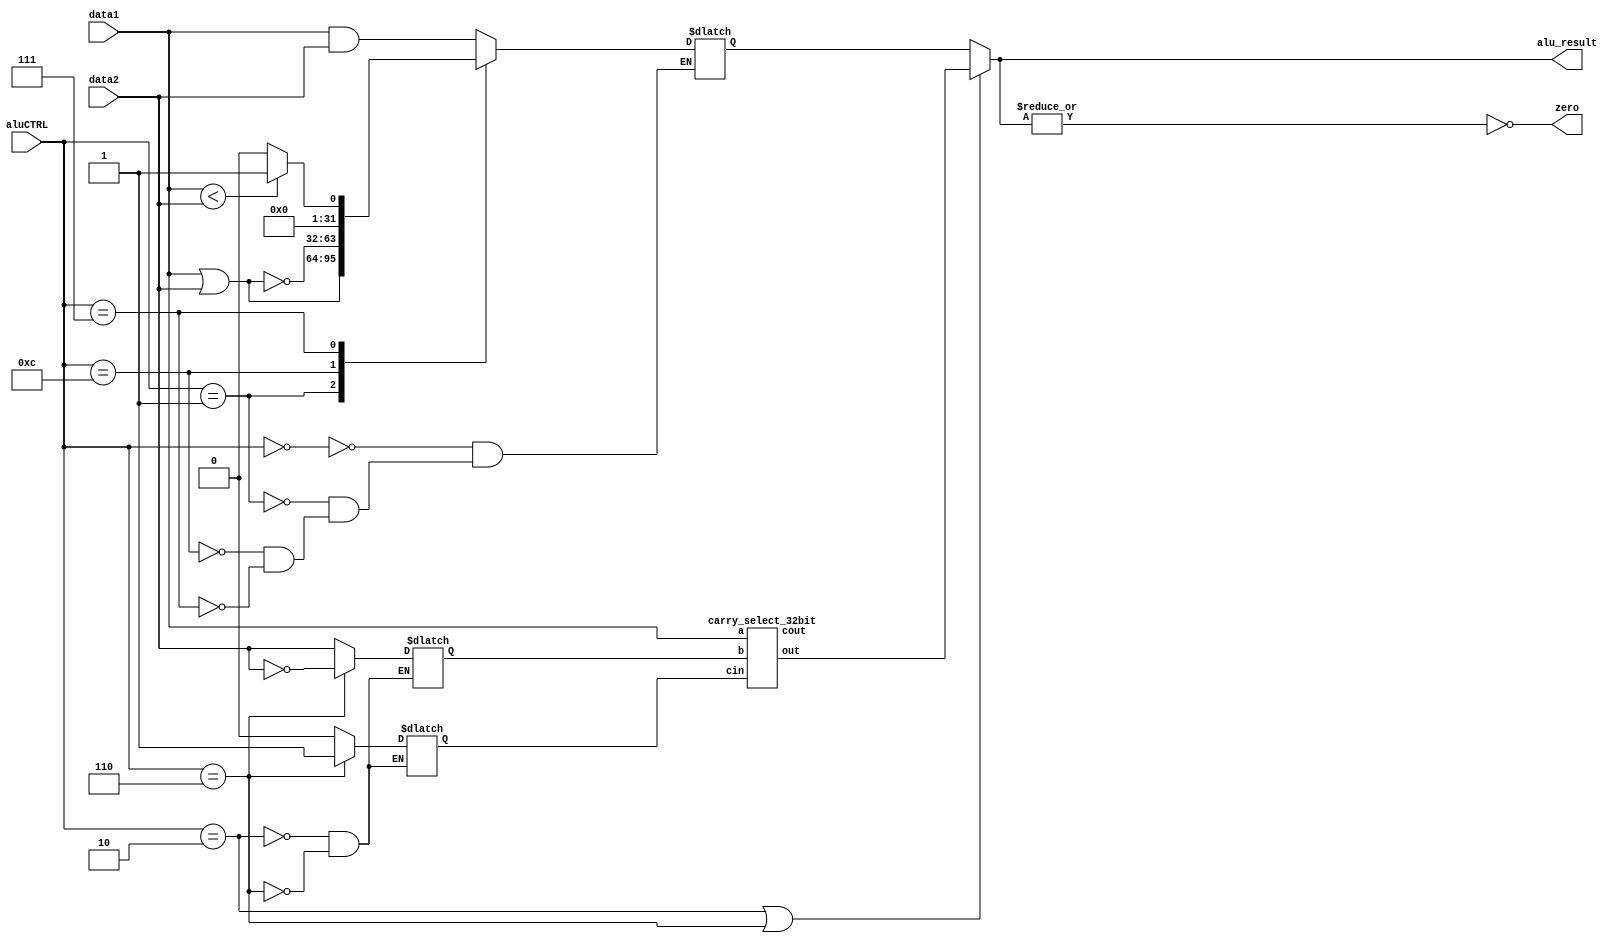
// Code your design here

module alu (alu_result, zero, data1, data2, aluCTRL);
  parameter word_size = 32;
  
  // output input declaration
  output zero;
  output reg [word_size-1:0] alu_result;
  
  input [word_size-1:0] data1, data2;
  input [3:0] aluCTRL;
  
  
  // temporary variables 
  reg [word_size-1:0] b;    // For intermediate variable containing ~data2 for subtraction 
  reg [word_size-1:0] out;  // variable to hold output
  wire [word_size-1:0] out_addsub;  // variable to hold out of carry select adder
  
  reg cin;
  wire cout;
  
  
  carry_select_32bit CSA (out_addsub, cout, data1, b, cin);
  
  assign zero = ~|alu_result;  // zero flag
  
  parameter ADD = 4'b0010;
  parameter SUB = 4'b0110;
  parameter AND = 4'b0000;
  parameter OR = 4'b0001;
  parameter SLT = 4'b0111;
  parameter NOR = 4'b1100;
	
  always @(aluCTRL or data1 or data2) begin
    
	case (aluCTRL)
      
      ADD: begin
        b = data2;
        cin = 1'b0;
      end
      

      SUB: begin
        b = ~data2;
        cin = 1'b1;
      end
      

      AND: out = data1 & data2;
      

      OR: out = data1 | data2;
      

      NOR: out = ~(data1 | data2);
      

      SLT: begin
        if(data1 < data2) out = 1'b1;
        else out = 1'b0;
      end

	endcase
  end
  
  always @(*) begin
    if (aluCTRL == ADD | aluCTRL == SUB) alu_result = out_addsub;
    else alu_result = out;
  end
  
endmodule



module carry_select_32bit (out, cout, a, b, cin);
  parameter word_size = 32;
  
  output [word_size-1:0] out;
  output cout;
  
  input [word_size-1:0] a, b;
  input cin;
  
  wire c4, c8, c12, c16, c20, c24, c28;
  
  ripple_carry_4bit unit0 (out[3:0], c4, a[3:0], b[3:0], cin);
  adder_4bit unit1 (out[7:4], c8, a[7:4], b[7:4], c4);
  adder_4bit unit2 (out[11:8], c12, a[11:8], b[11:8], c8);
  adder_4bit unit3 (out[15:12], c16, a[15:12], b[15:12], c12);
  adder_4bit unit4 (out[19:16], c20, a[19:16], b[19:16], c16);
  adder_4bit unit5 (out[23:20], c24, a[23:20], b[23:20], c20);
  adder_4bit unit6 (out[27:24], c28, a[27:24], b[27:24], c24);
  adder_4bit unit7 (out[31:28], cout, a[31:28], b[31:28], c28);
  
endmodule



module adder_4bit (out, cout, a, b, cin);
  
  output [3:0] out;
  output cout;
  
  input [3:0] a, b;
  input cin;
  
  wire [3:0] out0, out1;
  wire cout_0, cout_1;
  
  ripple_carry_4bit RCA0 (out0, cout_0, a, b, 1'b0);
  ripple_carry_4bit RCA1 (out1, cout_1, a, b, 1'b1);
  
  mux_2 mbit0 (out[0], out0[0], out1[0], cin);
  mux_2 mbit1 (out[1], out0[1], out1[1], cin);
  mux_2 mbit2 (out[2], out0[2], out1[2], cin);
  mux_2 mbit3 (out[3], out0[3], out1[3], cin);
  mux_2 carry (cout, cout_0, cout_1, cin);
  
endmodule



module ripple_carry_4bit (out, cout, a, b, cin);
  
  output [3:0] out;
  output cout;
  
  input [3:0] a, b;
  input cin;
  
  wire c1, c2, c3;
  
  full_adder F0 (out[0], c1, a[0], b[0], cin);
  full_adder F1 (out[1], c2, a[1], b[1], c1);
  full_adder F2 (out[2], c3, a[2], b[2], c2);
  full_adder F3 (out[3], cout, a[3], b[3], c3);
  
endmodule



module full_adder (out, cout, a, b, cin);  
  
  output reg out, cout;
  
  input a, b, cin;
 
  always @ (*) begin
    out = a ^ b ^ cin;
    cout = (a & b) | (b & cin) | (a & cin);
  end
  
endmodule

  

module mux_2 (mux_out, data_a, data_b, sel);
  
  output reg mux_out;
  input data_a, data_b;
  input sel;

  always @ (*) begin
  	mux_out = (sel == 0) ? data_a: data_b; 
  end
  
endmodule